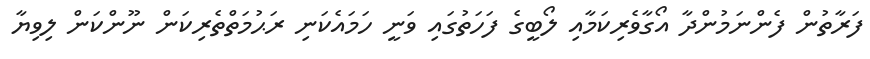
ފަރާތުން ފެންނަމުންދާ އޯގާވެރިކަމާއި ލޯބީގެ ފަހަތުގައި ވަނީ ހަމައެކަނި ރަޙުމަތްތެރިކަން ނޫންކަން ލިވިޔާ